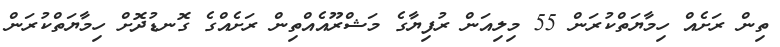
ތިން ރަށެއް ހިމާޔަތްކުރަން 55 މިލިއަން ރުފިޔާގެ މަޝްރޫއެއްތިން ރަށެއްގެ ގޮނޑުދޮށް ހިމާޔަތްކުރަން